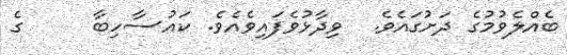
ބެއްލެވުމުގެ ދަށުގައެވެ.  ވިދާޅުވެފައިވެއެވެ. ކައުސާހިބާ     ގެ